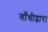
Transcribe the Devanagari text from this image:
गाँधीद्वारा